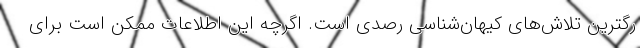
رگترین تلاش‌های کیهان‌شناسی رصدی است. اگرچه این اطلاعات ممکن است برای